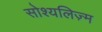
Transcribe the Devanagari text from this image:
सोश्यलिज़्म